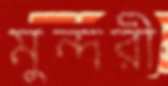
মুন্দরী